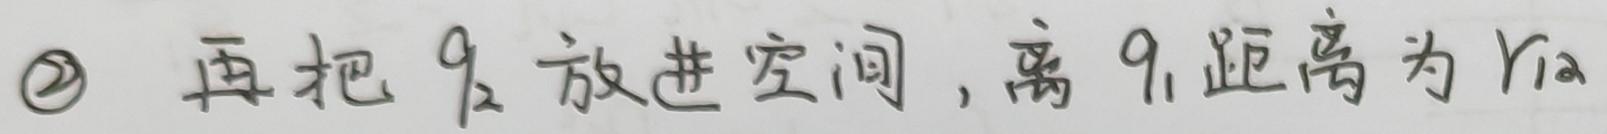
\textcircled{2} 再把 $q_{2}$ 放进空间，离 $q_{1}$ 距离为 $r_{12}$